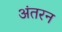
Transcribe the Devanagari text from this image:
अंतरन